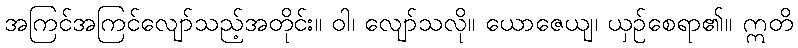
အကြင်အကြင်လျော်သည့်အတိုင်း။ ဝါ၊ လျော်သလို။ ယောဇေယျ၊ ယှဉ်စေရာ၏။ ဣတိ